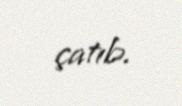
çatıb.